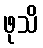
ဖုသိ